NAE_ERA_R-2324_Eesti_Vabariigi_Pohiseaduslik_Assamblee, lk 197
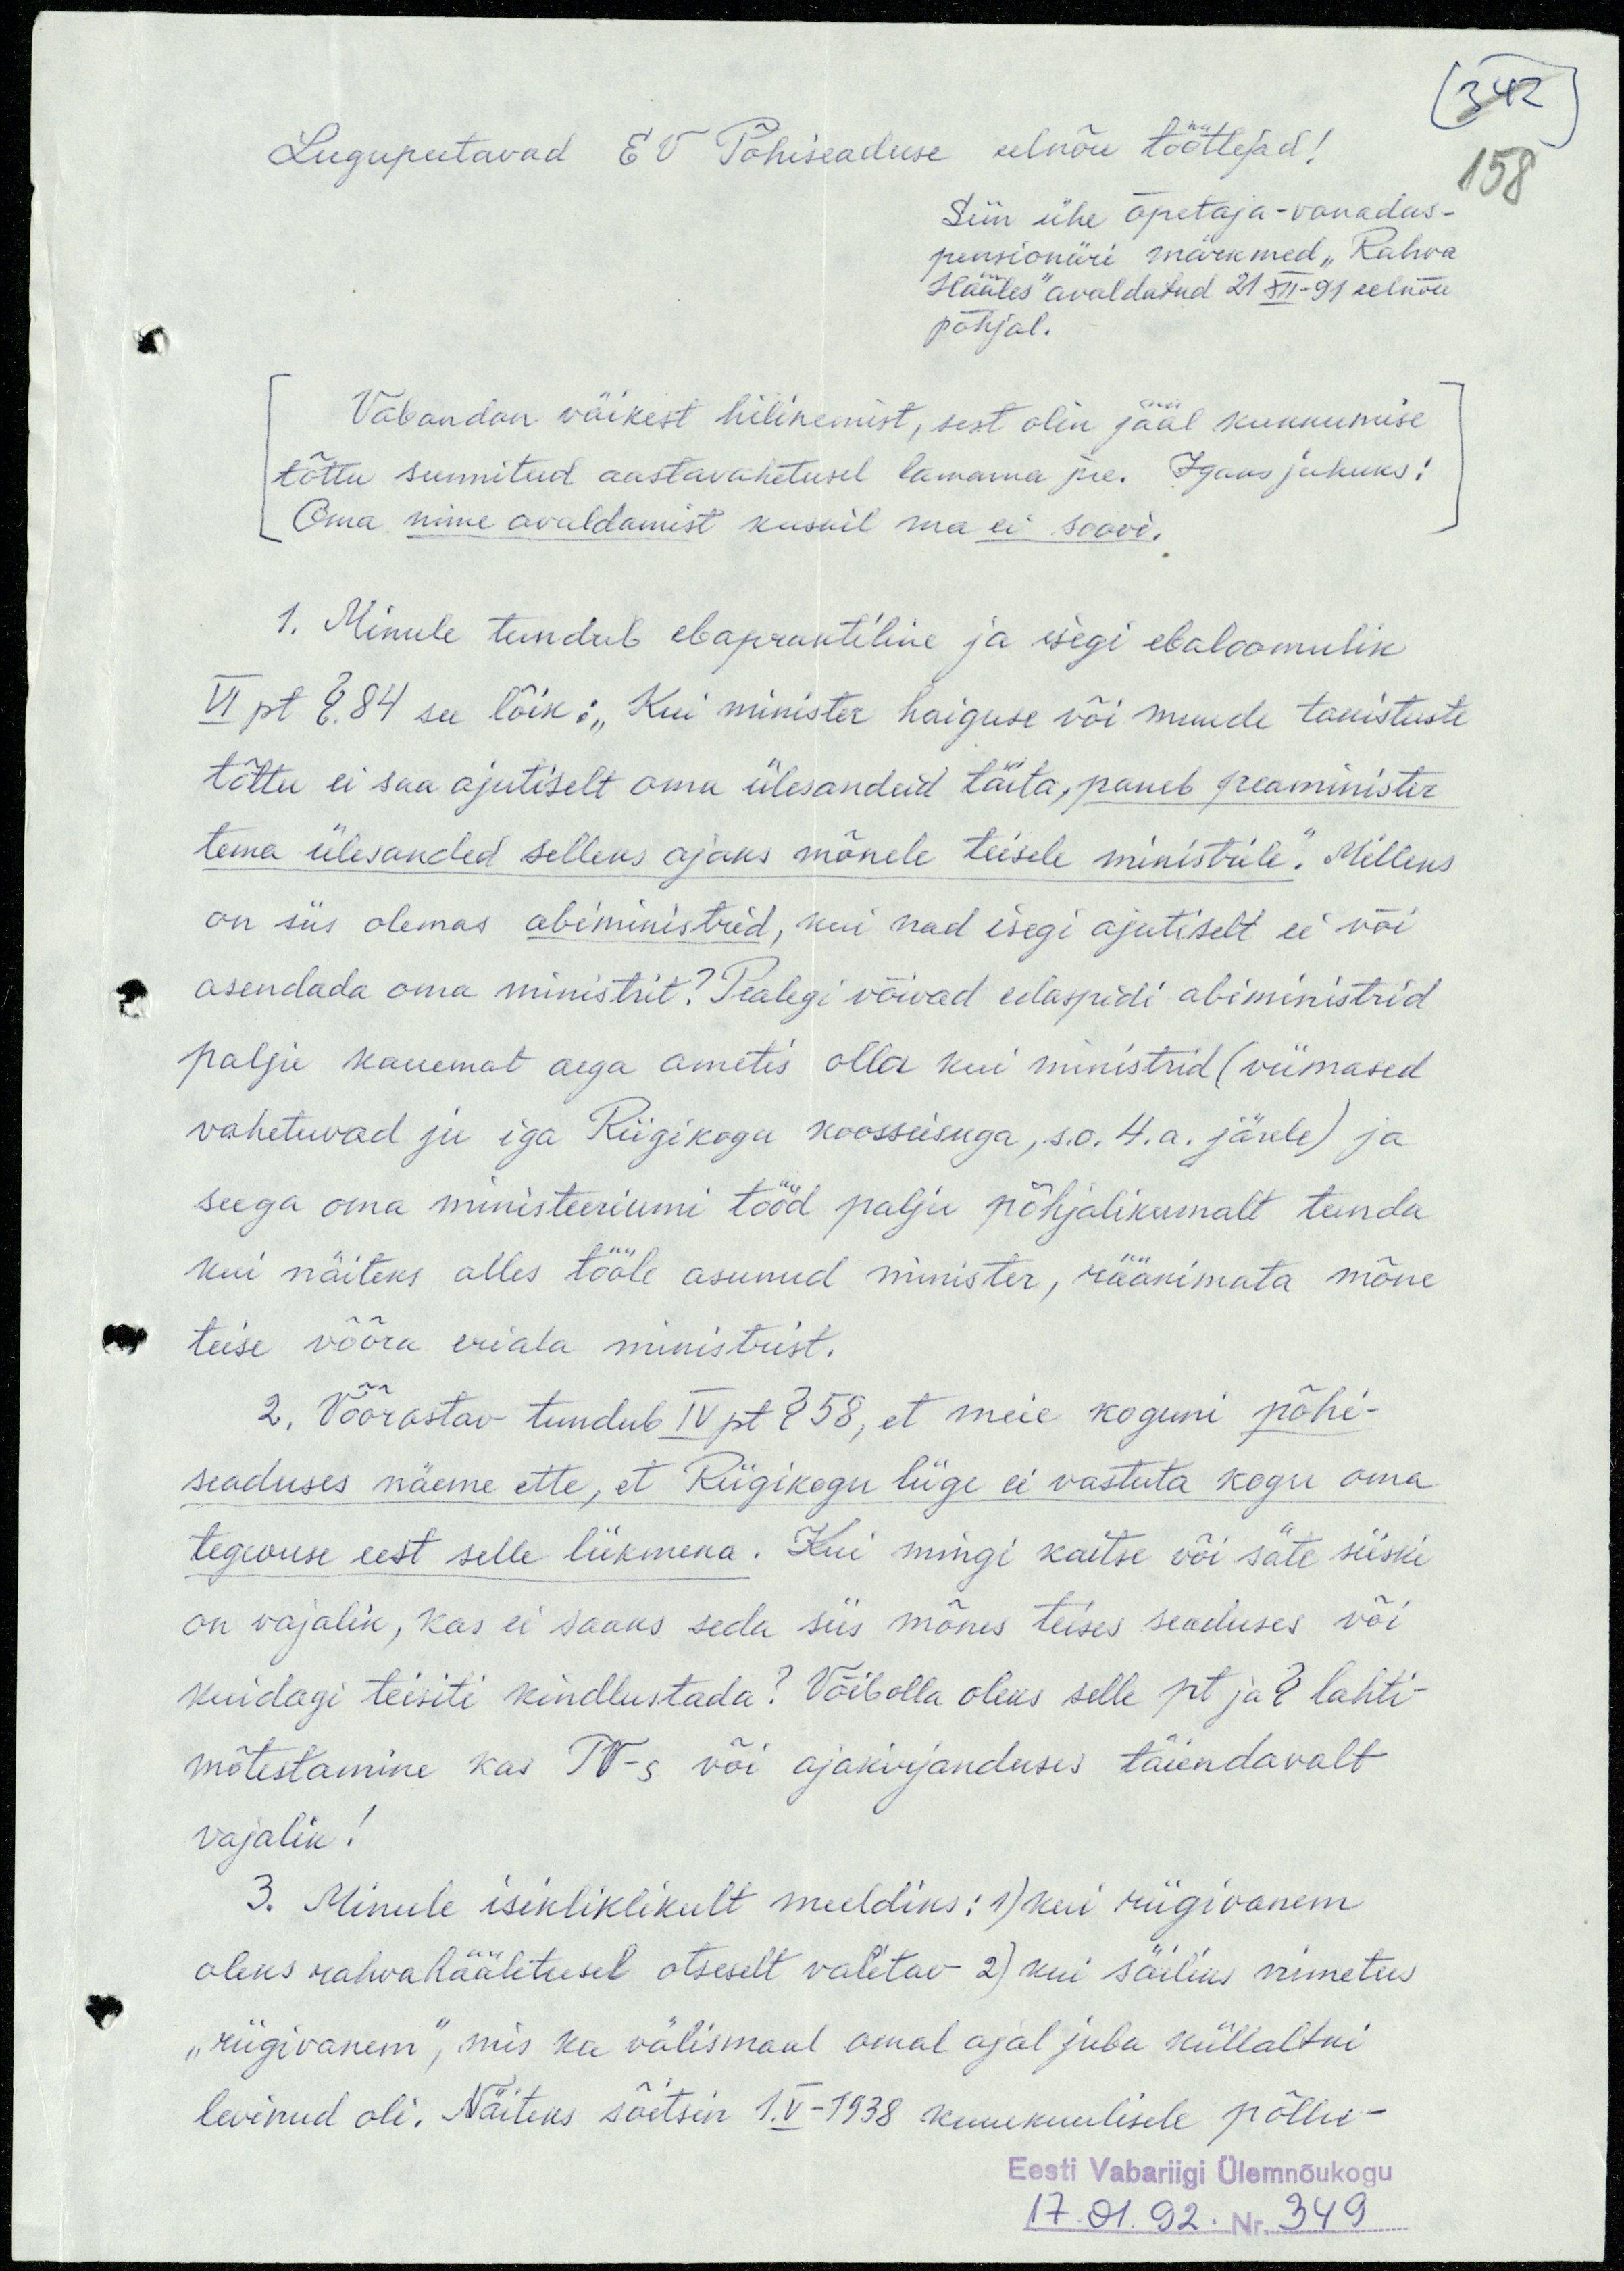
342
Lugupeetavad EV Põhiseaduse eelnõu töötlejad!
158
Siin ühe õpetaja-vanadus-
pensionäri märkmed "Rahva
Hääles" avaldatud 21 XII-91 eelnõu
põhjal.
Vabandan väikest hilinemist, sest olin jääl kukkumise
tõttu sunnitud aastavahetusel lamama jne. Igaks juhuks!
Oma nime avaldamist kuskil ma ei soovi.
1. Minule tundub ebapraktiline ja isegi ebaloomulik
VI pt §.84 see lõik: "Kui minister haiguse või muude takistuste
tõttu ei saa ajutiselt oma ülesanded täita, paneb peaminister
tema ülesanded selleks ajaks mõnele teisele ministrile." Milleks
on siis olemas abiministrid, kui nad isegi ajutiselt ei või
asendada oma ministrit? Pealegi võivad edaspidi abiministrid
palju kauemat aega ametis olla kui ministrid (viimased
vahetuvad ju iga Riigikogu koosseisuga, s.o.4.a. järele) ja
seega oma ministeeriumi tööd palju põhjalikumalt tunda
kui näiteks alles tööle asunud minister, rääkimata mõne
teise võõra eriala ministrist.
2. Võõrastav tundub IV pt § 58, et meie koguni põhi-
seaduses näeme ette, et Riigikogu liige ei vastuta kogu oma
tegevuse eest selle liikmena. Kui mingi kaitse või säte siiski
on vajalik, kas ei saaks seda siis mõnes teises seaduses või
kuidagi teisiti kindlustada? Võibolla oleks selle pt ja § lahti-
mõtestamine kas TV-s või ajakirjanduses täiendavalt
vajalik!
3. Minule isikliklikult meeldiks: 1) kui riigivanem
oleks rahvahääletusel otseselt valitav 2) kui säiliks nimetus
"riigivanem", mis ka välismaal omal ajal juba küllaltki
levinud oli. Näiteks sõitsin 1.V-1938 kuuekuulisele põllu-
Eesti Vabariigi Ülemnõukogu
17.01.92. Nr. 349